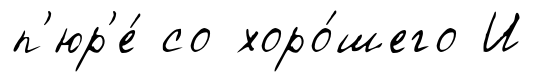
п'юр'е́ со хоро́шего И